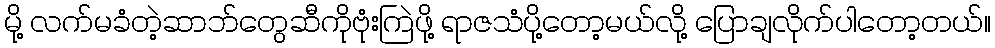
မို့ လက်မခံတဲ့ဆာဘ်တွေဆီကိုဗုံးကြဲဖို့ ရာဇသံပို့တော့မယ်လို့ ပြောချလိုက်ပါတော့တယ်။